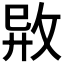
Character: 𢼷